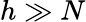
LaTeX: h\gg N